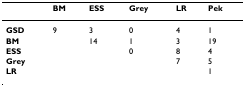
<table><thead><tr><td></td><td><b>BM</b></td><td><b>ESS</b></td><td><b>Grey</b></td><td><b>LR</b></td><td><b>Pek</b></td></tr></thead><tbody><tr><td><b>GSD</b></td><td>9</td><td>3</td><td>0</td><td>4</td><td>1</td></tr><tr><td><b>BM</b></td><td></td><td>14</td><td>1</td><td>3</td><td>19</td></tr><tr><td><b>ESS</b></td><td></td><td></td><td>0</td><td>8</td><td>4</td></tr><tr><td><b>Grey</b></td><td></td><td></td><td></td><td>7</td><td>5</td></tr><tr><td><b>LR</b></td><td></td><td></td><td></td><td></td><td>1</td></tr></tbody></table>